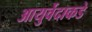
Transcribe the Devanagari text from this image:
आयुर्वेदाकडे